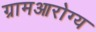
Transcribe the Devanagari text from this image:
ग्रामआरोग्य